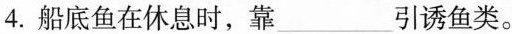
4.船底鱼在休息时，靠___引诱鱼类。